Medical and sanitary report of the native army of Bengal for the year
Year: 1874
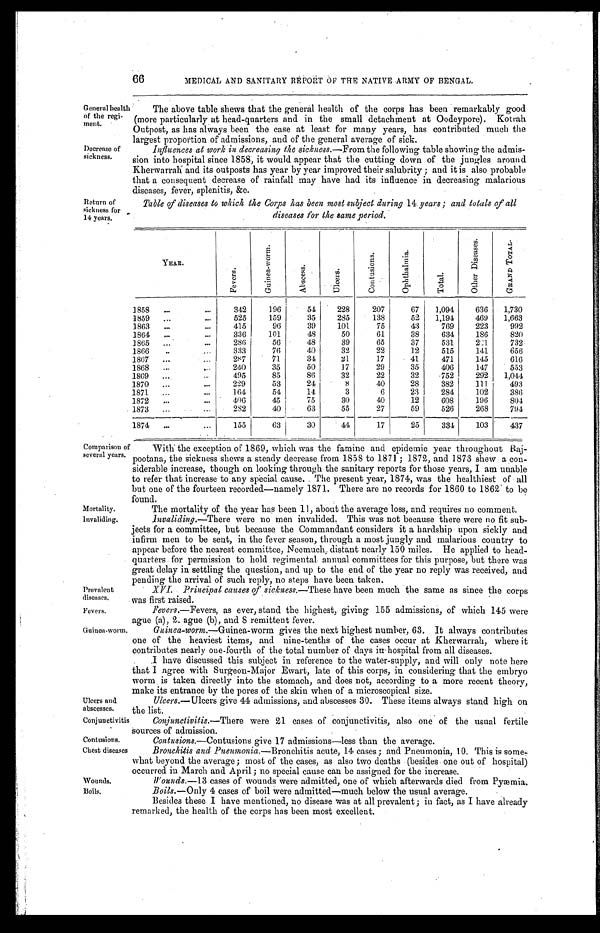
General health
of the regi-
ment.
Decrease of
sickness.
Mortality.
Invaliding.
Fevers.
Guinea-worm.
Ulcers and
abscesses.
Conjunctivitis
Contusions.
Chest diseases
Wounds.
66
MEDICAL AND SANITARY REPORT OF THE NATIVE ARMY OF BENGAL.
T The above table shews that the general health of the corps has been remarkably good
(more particularly at head-quarters and in the small detachment at Oodeypore). Kotrah
Outpost, as has always been the case at least for many years, has contributed much the
largest proportion of admissions, and of the general average of sick.
Influences at work in decreasing the sickness.— From the following table showing the admis-
sion into hospital since 1858, it would appear that the cutting, down of the jungles around
Kherwarrah and its outposts has year by year improved their salubrity ; and it is also probable
that a consequent decrease of rainfall may have had its influence in decreasing malarious
diseases, fever, splenitis, &c.
Return of
sickness for
14 years.
Table of diseases to which the Corps has been most subject during 14 years ; and totals of all
diseases for the same period.
YEAR.
F e v e r .
G u i n e a - W a r m .
A b s c e s s .
U l c e r s .
C o n t u s i o n s .
O p h t h a l m i a .
T o t a l .
O t h e r D i s e a s e s .
G R A N D T O T A L .
1858 . . .
342
196
54
228
207
67
1,094
636
1,730
1859 . . .
525
159
35
285
138
52
1,194
469
1,663
1863 . . .
415
96
39
101
75
43
769
223
992
1864 . . .
336
101
48
50
61
38
634
186
820
1865 . . .
286
56
48
39
65
37
531
221
732
1866 . . .
333
76
40
32
22
12
515
141
656
1867 . . .
287
71
34
. 21
17
41
471
145
616
1868 . . .
240
35
50
37
29
3 5
406
147
553
1869 . . .
495
85
8 6 32
22
32
752
292
1,044
1870 . . .
229
53
24
8
40
28
382
111
493
1871 . . .
164
54
14
3
6
23
284
102
386
1872 . . .
406
45
75
30
40
12
608
196
804
1873 . . .
2 8 2
40
63
55
27
59
526
268
794
1874 . . .
155
63
30
44
17
25
334
103
437
Comparison of
several years.
With the exception of 1869, which was the famine and epidemic year throughout Raj-
pootana, the sickness shews a steady decrease from 1858 to 1871 ; 1872, and 1873 shew a con-
siderable increase, though on looking through the sanitary reports for those years, I am unable
to refer that increase to any special cause. The present year, 1874, was the healthiest of all
but one of the fourteen recorded—namely 1871. There are no records for 1860 to 1862 to be
found.
Prevalent
diseases.
The mortality of the year has been 11, about the average loss, and requires no comment.
Invaliding.—There were no men invalided. This was not because there were no fit sub-
jects for a committee, but because the Commandant considers it a hardship upon sickly and
infirm men to be sent, in the fever season, through a most jungly and malarious country to
appear before the nearest committee, Neemuch, distant nearly 150 miles. He applied to head-
quarters for permission to hold regimental annual committees for this purpose, but there was
great delay in settling the question, and up to the end of the year no reply was received, and
pending the arrival of such reply, no steps have been taken.
XVI. Principal causes of sickness.—These have been much the same as since the corps
was first raised.
Fevers .—Fevers, as ever, stand the highest, giving 155 admissions, of which 145 were
ague (al, 2. ague (b), and 8 remittent fever.
Guinea-worm —Guinea-worm gives the next highest number, 63. It always contributes
one of the heaviest items, and nine-tenths of the cases occur at Kherwarrah, where it
contributes nearly one-fourth of the total number of days
hospital from all diseases.
I have discussed this subject in reference to the water-supply, and will only note here
that I agree with Surgeon-Major Ewart, late of this corps, in considering that the embryo
worm is taken directly into the stomach, and does not, according to a more recent theory,
make its entrance by the pores of the skin when of a microscopical size.
Ulcers.— Ulcers give 44 admissions, and abscesses 30. These items always stand high on
the list.
Conjunctivitis.—There were 21 cases of conjunctivitis, also one of the usual fertile
sources of admission.
Contusions .—Contusions give 17 a dmissions—less
than the average.
Bronchitis and Pneumonia .—Bronchitis acute, 14 cases ; and Pneumonia, 10. This is some-
what beyond the average ; most of the cases, as also two deaths (besides one out of hospital)
occurred in March and April ; no special cause can be assigned for the increase.
Wounds.-13 cases of wounds were admitted, one of -which afterwards died from Pyæmia.
Boils.
Boils.—Only 4 cases of boil were admitted—much below the usual average.
Besides these I have mentioned, no disease was at all prevalent ; in fact, as I have already
remarked, the health of the corps has been most excellent.